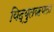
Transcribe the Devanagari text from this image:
विद्युतऋणता